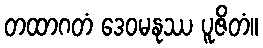
တထာဂတံ ဒေဝမနုဿ ပူဇိတံ။